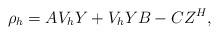
LaTeX: \begin{align*} \rho_h=AV_{h}Y + V_{h} Y B - C Z^H,\end{align*}